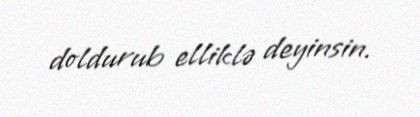
doldurub elliklə deyinsin.